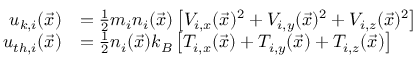
\begin{array} { r l } { u _ { k , i } ( \vec { x } ) } & { = \frac { 1 } { 2 } m _ { i } n _ { i } ( \vec { x } ) \left[ V _ { i , x } ( \vec { x } ) ^ { 2 } + V _ { i , y } ( \vec { x } ) ^ { 2 } + V _ { i , z } ( \vec { x } ) ^ { 2 } \right] } \\ { u _ { t h , i } ( \vec { x } ) } & { = \frac { 1 } { 2 } n _ { i } ( \vec { x } ) k _ { B } \left[ T _ { i , x } ( \vec { x } ) + T _ { i , y } ( \vec { x } ) + T _ { i , z } ( \vec { x } ) \right] } \end{array}